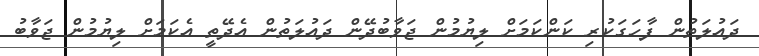
ދައުލަތުން ފާހަގަކުރި ކަންކަމަށް ލިޔުމުން ޖަވާބުދޭން ދައުލަތުން އެދޭތީ އެކަމަށް ލިޔުމުން ޖަވާބު